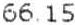
66.15